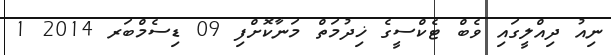
ނިއު ދިއްލީގައި ވެބް ޓެކްސީގެ ޚިދުމަތް މަނާކޮށްފި 09 ޑިސެމްބަރ 2014 1